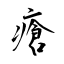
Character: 瘡